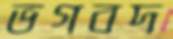
ভগবদ